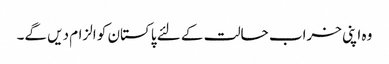
وہ اپنی خراب حالت کے لئے پاکستان کو الزام دیں گے۔